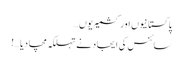
پاکستانیوں اور کشمیریوں…
سائنس کی ایجاد نے تہلکہ مچا دیا …!